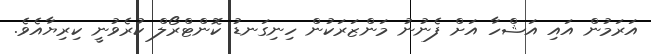
އަރަމުން އައި އަޝްހާ އަށް ފެނުނު މަންޒަރަކުން ހިނިގަނޑު ކޮންޓްރޯލް ކުރެވުނީ ކިރިޔާއެވެ.